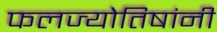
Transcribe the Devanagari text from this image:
फलज्योतिषांनी